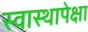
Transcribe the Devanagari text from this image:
स्वास्थापेक्षा